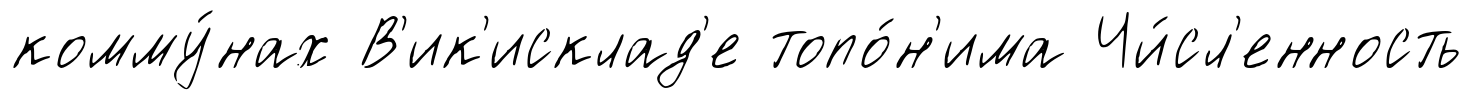
комму́нах В'ик'исклад'е топо́н'има Чи́сл'енность